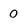
Character: 0